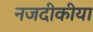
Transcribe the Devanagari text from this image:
नजदीकीया